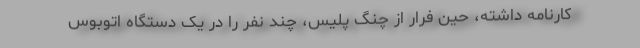
کارنامه داشته، حین فرار از چنگ پلیس، چند نفر را در یک دستگاه اتوبوس